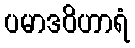
ပမာဒဝိဟာရံ